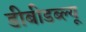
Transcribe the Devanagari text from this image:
डीबीडब्ल्यू